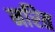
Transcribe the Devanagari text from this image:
नरित